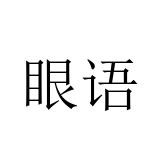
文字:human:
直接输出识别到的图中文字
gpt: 眼语